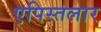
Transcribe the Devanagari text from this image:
एपिस्तलार